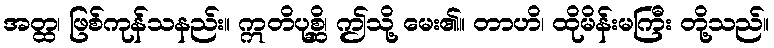
အတ္ထ၊ ဖြစ်ကုန်သနည်း။ ဣတိပုစ္ဆိ၊ ဤသို့ မေး၏။ တာဟိ၊ ထိုမိန်းမကြီး တို့သည်။